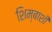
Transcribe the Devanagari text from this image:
शिम्बाशी